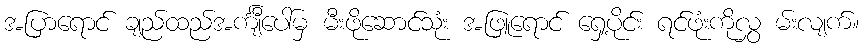
အပြာရောင် ချည်ထည်အင်္ကျီပေါ်မှ မီးဖိုဆောင်သုံး အဖြူရောင် ရှေ့ပိုင်း ရင်ဖုံးကိုလွှ မ်းလျက်။